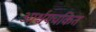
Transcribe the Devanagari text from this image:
आर्श्चयचकित